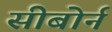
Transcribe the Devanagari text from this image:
सीबोर्न